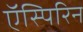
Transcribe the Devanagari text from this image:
ऍस्पिरिन